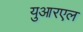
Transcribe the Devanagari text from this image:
युआरएल